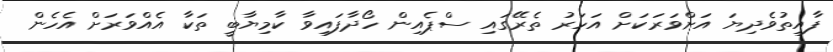
ފާއިތުވެދިޔަ އަށްވަރަކަށް އަހަރު ތެރޭގައި ސްޕެއިން ހޯދާފައިވާ ކާމިޔާބީ ތަކާ އެއްވަރަށް އެހެން